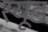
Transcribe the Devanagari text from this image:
रयूड